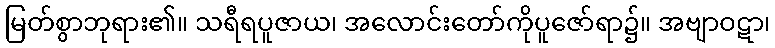
မြတ်စွာဘုရား၏။ သရီရပူဇာယ၊ အလောင်းတော်ကိုပူဇော်ရာ၌။ အဗျာဝဋာ၊